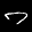
Label: 7